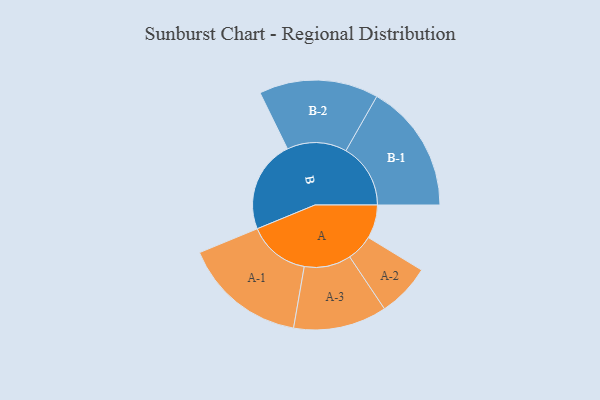
{"axis": {"x": "Segment", "y": "Value"}, "legend": ["", "A", "B"], "data": [{"x": "A", "y": 143, "type": ""}, {"x": "B", "y": 393, "type": ""}, {"x": "A-1", "y": 263, "type": "A"}, {"x": "A-2", "y": 113, "type": "A"}, {"x": "A-3", "y": 199, "type": "A"}, {"x": "B-1", "y": 275, "type": "B"}, {"x": "B-2", "y": 254, "type": "B"}]}